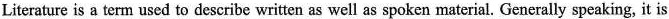
Literature is a term used to describe written as well as spoken material. Generally speaking, it is